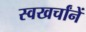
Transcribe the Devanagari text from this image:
स्वखर्चांनें